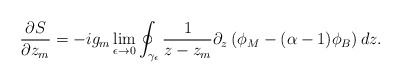
\begin{align*}\frac{\partial S}{\partial z_m} = - i g_m \lim_{\epsilon \rightarrow 0}\oint_{\gamma_{\epsilon}} \frac{1}{z-z_m}\partial_z\left(\phi_M-(\alpha-1)\phi_B\right) d z.\end{align*}